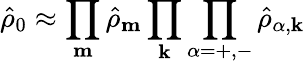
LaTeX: \hat{\rho}_{0}\approx\prod_{\mathbf{m}}\hat{\rho}_{\mathbf{m}}\prod_{\mathbf{k}}\prod_{\alpha=+,-}\hat{\rho}_{\alpha,\mathbf{k}}